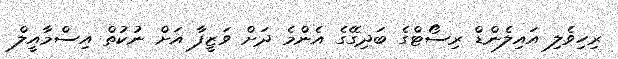
ރިހިވެލި އައިލެންޑް ރިސޯޓްގެ ބަދިގޭގެ އެންމެ ދަށް ވަޒީފާ އަށް ނުކުތް އިސްމާއީލް